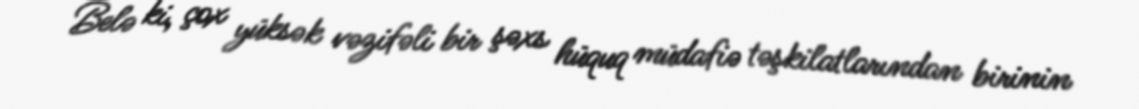
Belə ki, çox yüksək vəzifəli bir şəxs hüquq müdafiə təşkilatlarından birinin